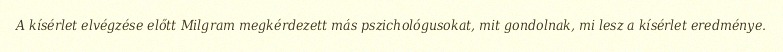
A kísérlet elvégzése előtt Milgram megkérdezett más pszichológusokat, mit gondolnak, mi lesz a kísérlet eredménye.